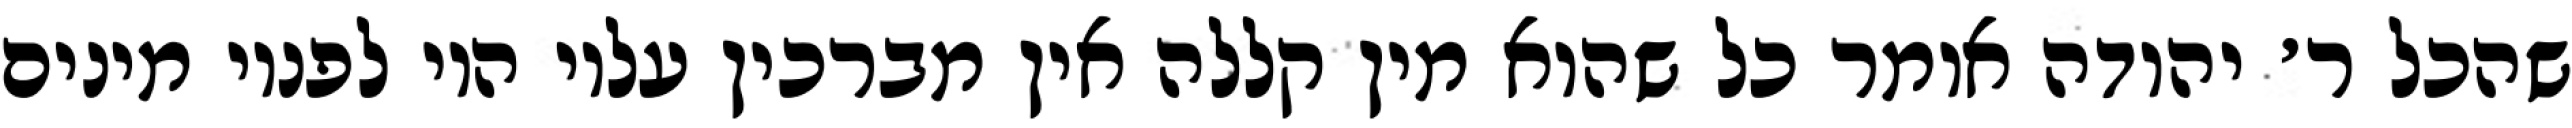
שהכל ר׳ יהודה אומר כל שהוא מין קללה אין מברכין עליו היו לפניו מינים